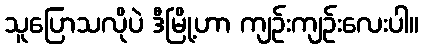
သူပြောသလိုပဲ ဒီမြို့ဟာ ကျဉ်းကျဉ်းလေးပါ။